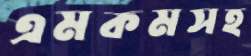
এমকমসহ